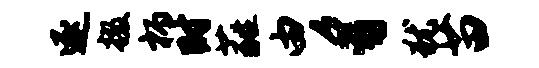
逐掇柄时蕤由豸犹苗